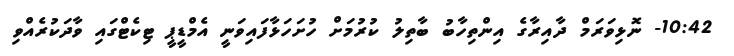
10:42- ނޮޅިވަރަމް ދާއިރާގެ އިންތިހާބު ބާތިލު ކުރުމަށް ހުށަހަޅާފައިވަނީ އެމްޑީޕީ ޓިކެޓްގައި ވާދަކުރެއްވި